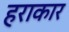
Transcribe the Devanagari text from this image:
हराकार